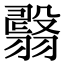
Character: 𦒇